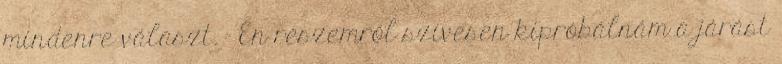
mindenre választ. – Én részemről szívesen kipróbálnám a járást